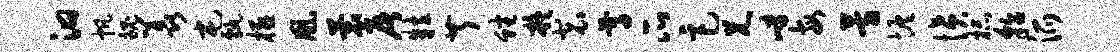
汩帆魄羡屯甄极凰蓑屠粒芹蟠凝裴尊瓜巨兄嶂每芳恢愤杯貂派